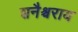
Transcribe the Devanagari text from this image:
शनैश्चराय